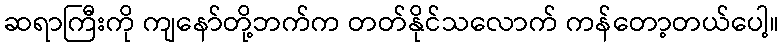
ဆရာကြီးကို ကျနော်တို့ဘက်က တတ်နိုင်သလောက် ကန်တော့တယ်ပေါ့။